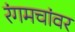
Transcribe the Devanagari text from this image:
रंगमचांवर